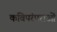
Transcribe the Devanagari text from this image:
कविपरंपराओं